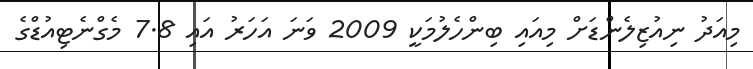
މިއަދު ނިއުޒިލެންޑަށް މިއައި ބިންހެލުމަކީ 2009 ވަނަ އަހަރު އައި 7.8 މެގްނެޓިއުޑްގެ